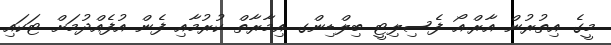
މީގެ އިތުރުން އާރް.އޯ ފެސިލިޓީ ބިލްޑިންގ އިމާރާތް ކުރުމާއި ފެން އުފެއްދުމަށް ޓަކައި